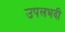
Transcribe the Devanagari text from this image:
उपलभदी